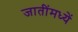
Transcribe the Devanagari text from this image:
जातींमध्यें